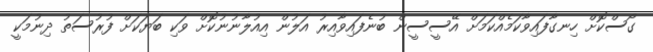
ގޯސްކޮށް ހިނގާފައިވާކަމެއްކަމަށް އޭސީސީން ބުނެފައިވާއިރު އަލުން އިއުލާނުނުކޮށް ވަކި ބަޔަކަށް ފުރުސަތު ދިނުމަކީ